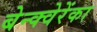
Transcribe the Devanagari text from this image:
बेन्क्वेरेंका